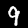
Digit: 9